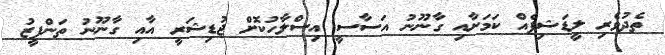
ތެދުވެރި ލީޑަޝިޕެއް ކަމަށާއި ގާނޫނު އަސާސީ އިސްލާހުކޮށް ޖުޑިޝަރީ އާއި ގާނޫނު ތަންފީޒު